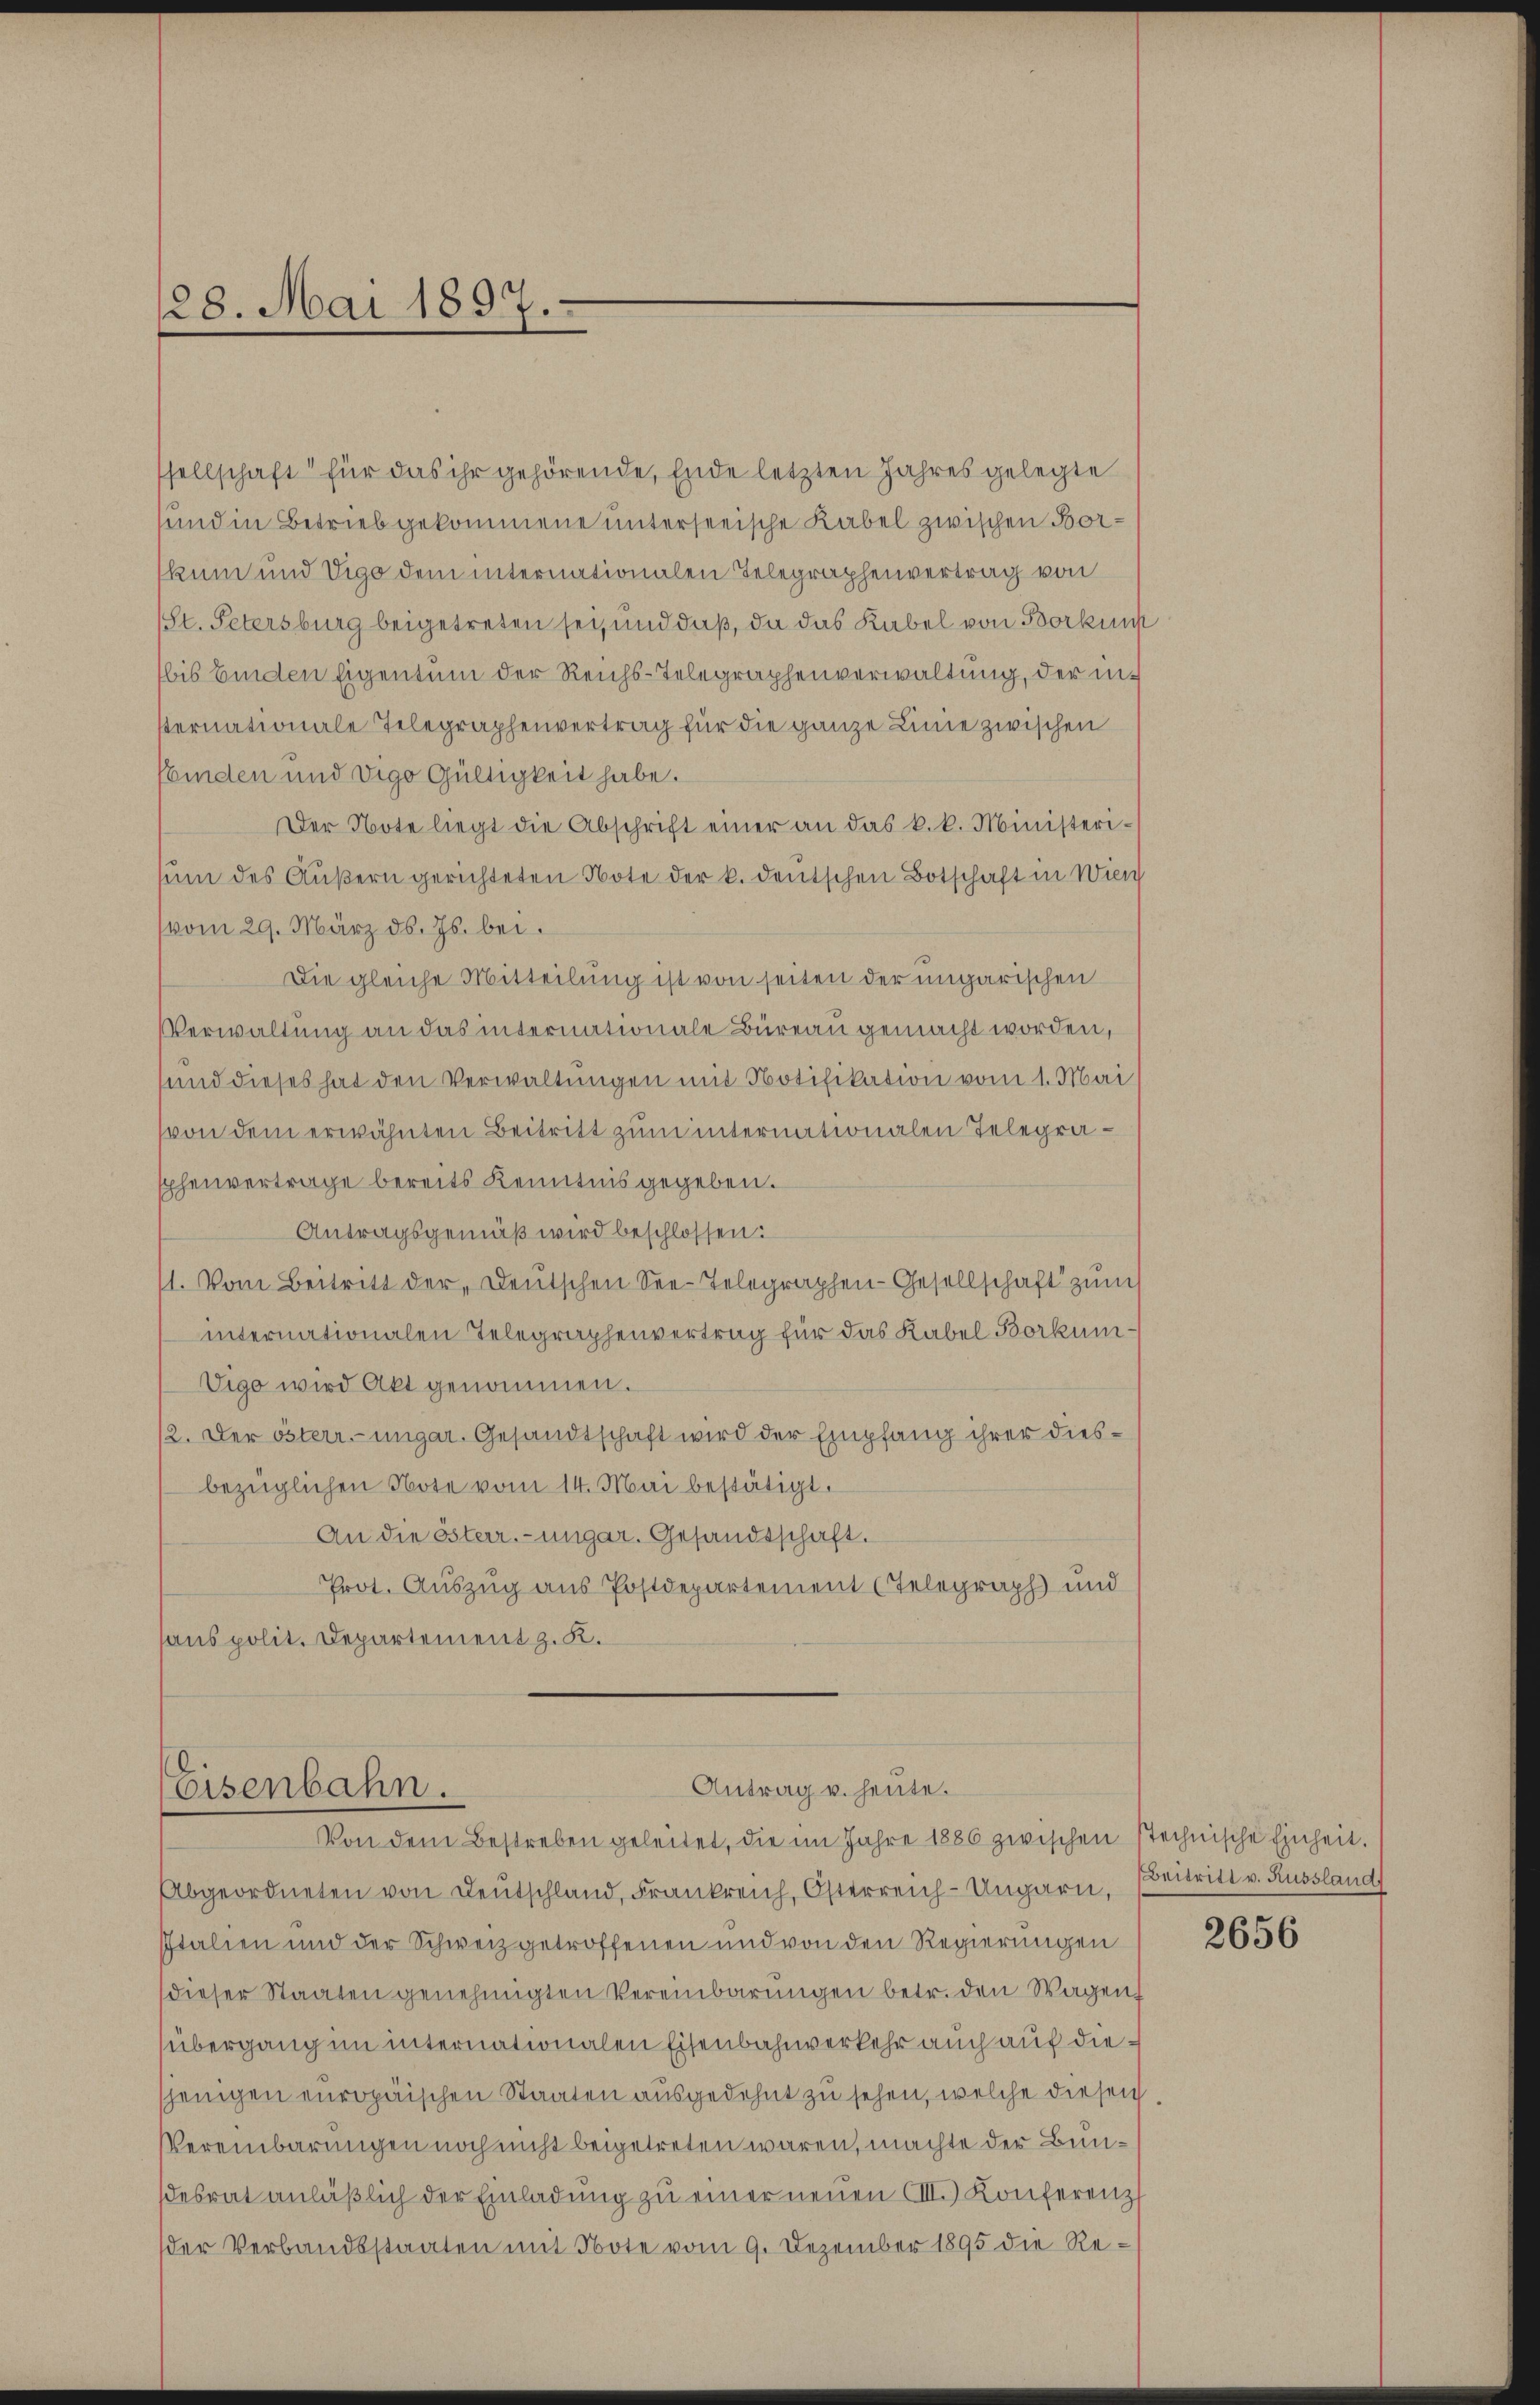
28. Mai 1897.

sellschaft für das ihr gehörende, Ende letzten Jahres gelegte
sund in Betrieb gekommene unterseeische Kabel zwischen Borskum und Vigo dem internationalen Telegraphenvertrag von
St. Petersburg beigetreten sei, und daß, da das Kabel von Borkunft
bis binden Eigentum der Reichs-Telegraphenverwaltung, der insternationale Telegraphenvertrag für die ganze Linie zwischen
fbinden und digo Gültigkeit habe.
Der Note liegt die Abschrift einer an das k. k. Ministeri-
sum des Äußern gerichteten Note der k. deutschen Botschaft in Wien
vom 29. März d. Js. bei.
Die gleiche Mitteilung ist von seiten der ungarischen
Verwaltung an das internationale Büreau gemacht worden,
sund dieses hat den Verwaltungen mit Notifikation vom 1. Mai
(von dem erwähnten Beitritt zum internationalen Telegrasphenvertrage bereits Kenntnis gegeben.
Antragsgemäß wird beschlossen:
1. Vom Beitritt der Deutschen See-Telegraphen-Gesellschaft zum
internationalen Telegraphenvertrag für das Kabel Borkum¬
Vigo wird Akt genommen.
12. Der österr-ungar. Gesandtschaft wird der Empfang ihrer diesbezüglichen Note vom 14. Mai bestätigt.
An die österr.-ungar. Gesandtschaft.
Prot. Auszug aus Postdepartement (Telegraph und
hans polit. Departement z. K.

Von dem Bestreben geleitet, die im Jahre 1886 zwischen Stechnische Einheit.
Abgeordneten von Leŭtschland, Frankreich, Osterreich-Ungarn. Beitritt v. Russland
Italien und der Schweiz getroffenen und von den Regierungen
dieser Staaten genehmigten Vereinbarungen betr. den Wagen,
übergang im internationalen Eisenbahnverkehr auch auf diesjenigen europäischen Staaten ausgedehnt zu sehen, welche diesen
Vereinbarungen noch nicht beigetreten wären, machte der Bundesrat anläβlich der Einladŭng zu einer neuen VIII. Konferenz
der Verbandsstaaten mit Note vom 9. Dezember 1895 die Re¬

Antrag u. heute.
Eisenbahn.

2656